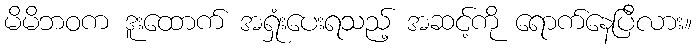
မိမိဘဝက ဒူးထောက် အရှုံးပေးရသည့် အဆင့်ကို ရောက်နေပြီလား။